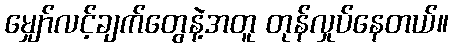
မျှော်လင့်ချက်တွေနဲ့အတူ တုန်လှုပ်နေတယ်။